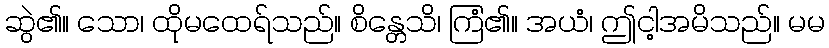
ဆွဲ၏။ သော၊ ထိုမထေရ်သည်။ စိန္တေသိ၊ ကြံ၏။ အယံ၊ ဤငါ့အမိသည်။ မမ